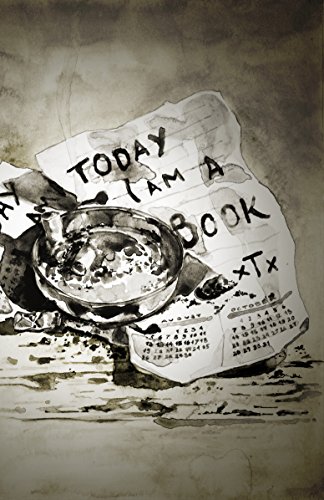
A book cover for Today I Am A Book; xTx; Literature & Fiction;